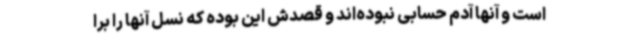
است و آنها آدم حسابی نبوده‌اند و قصدش این بوده که نسل آنها را برا